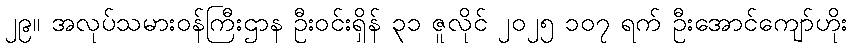
၂၉။ အလုပ်သမားဝန်ကြီးဌာန ဦးဝင်းရှိန် ၃၁ ဇူလိုင် ၂၀၂၅ ၁၀၇ ရက် ဦးအောင်ကျော်ဟိုး